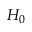
H _ { 0 }